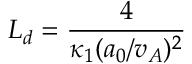
L _ { d } = \frac { 4 } { \kappa _ { 1 } ( a _ { 0 } / v _ { A } ) ^ { 2 } }